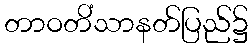
တာဝတိံသာနတ်ပြည်၌